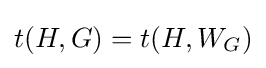
t(H,G)=t(H,W_{G})